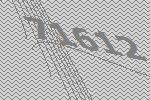
71612